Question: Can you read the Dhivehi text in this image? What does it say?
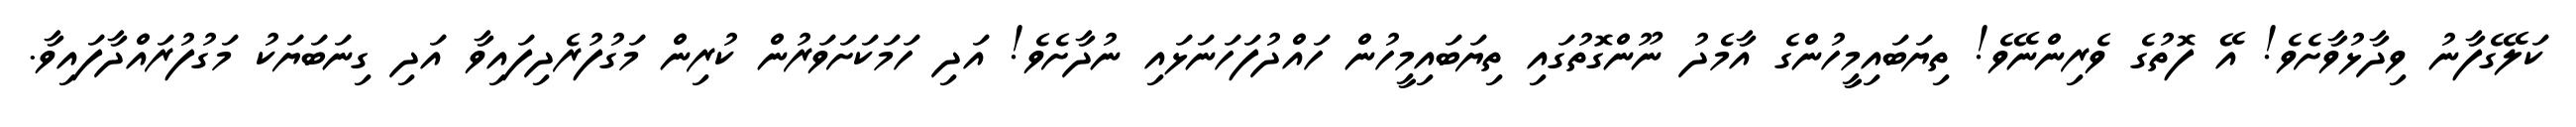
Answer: ކަލޭގެފާނު ވިދާޅުވާށެވެ! އޭ ފޮތުގެ ވެރިންނޭވެ! ތިޔަބައިމީހުންގެ އާމެދު ނޫންގޮތުގައި ތިޔަބައިމީހުން ހައްދުފަހަނަޅައި ނުދާށެވެ! އަދި ހަމަކަށަވަރުން ކުރިން މަގުފުރެދިފައިވާ އަދި ގިނަބަޔަކު މަގުފުރައްދާފައިވާ.